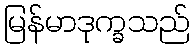
မြန်မာဒုက္ခသည်